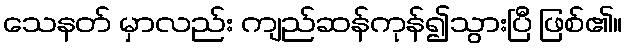
သေနတ် မှာလည်း ကျည်ဆန်ကုန်၍သွားပြီ ဖြစ်၏။